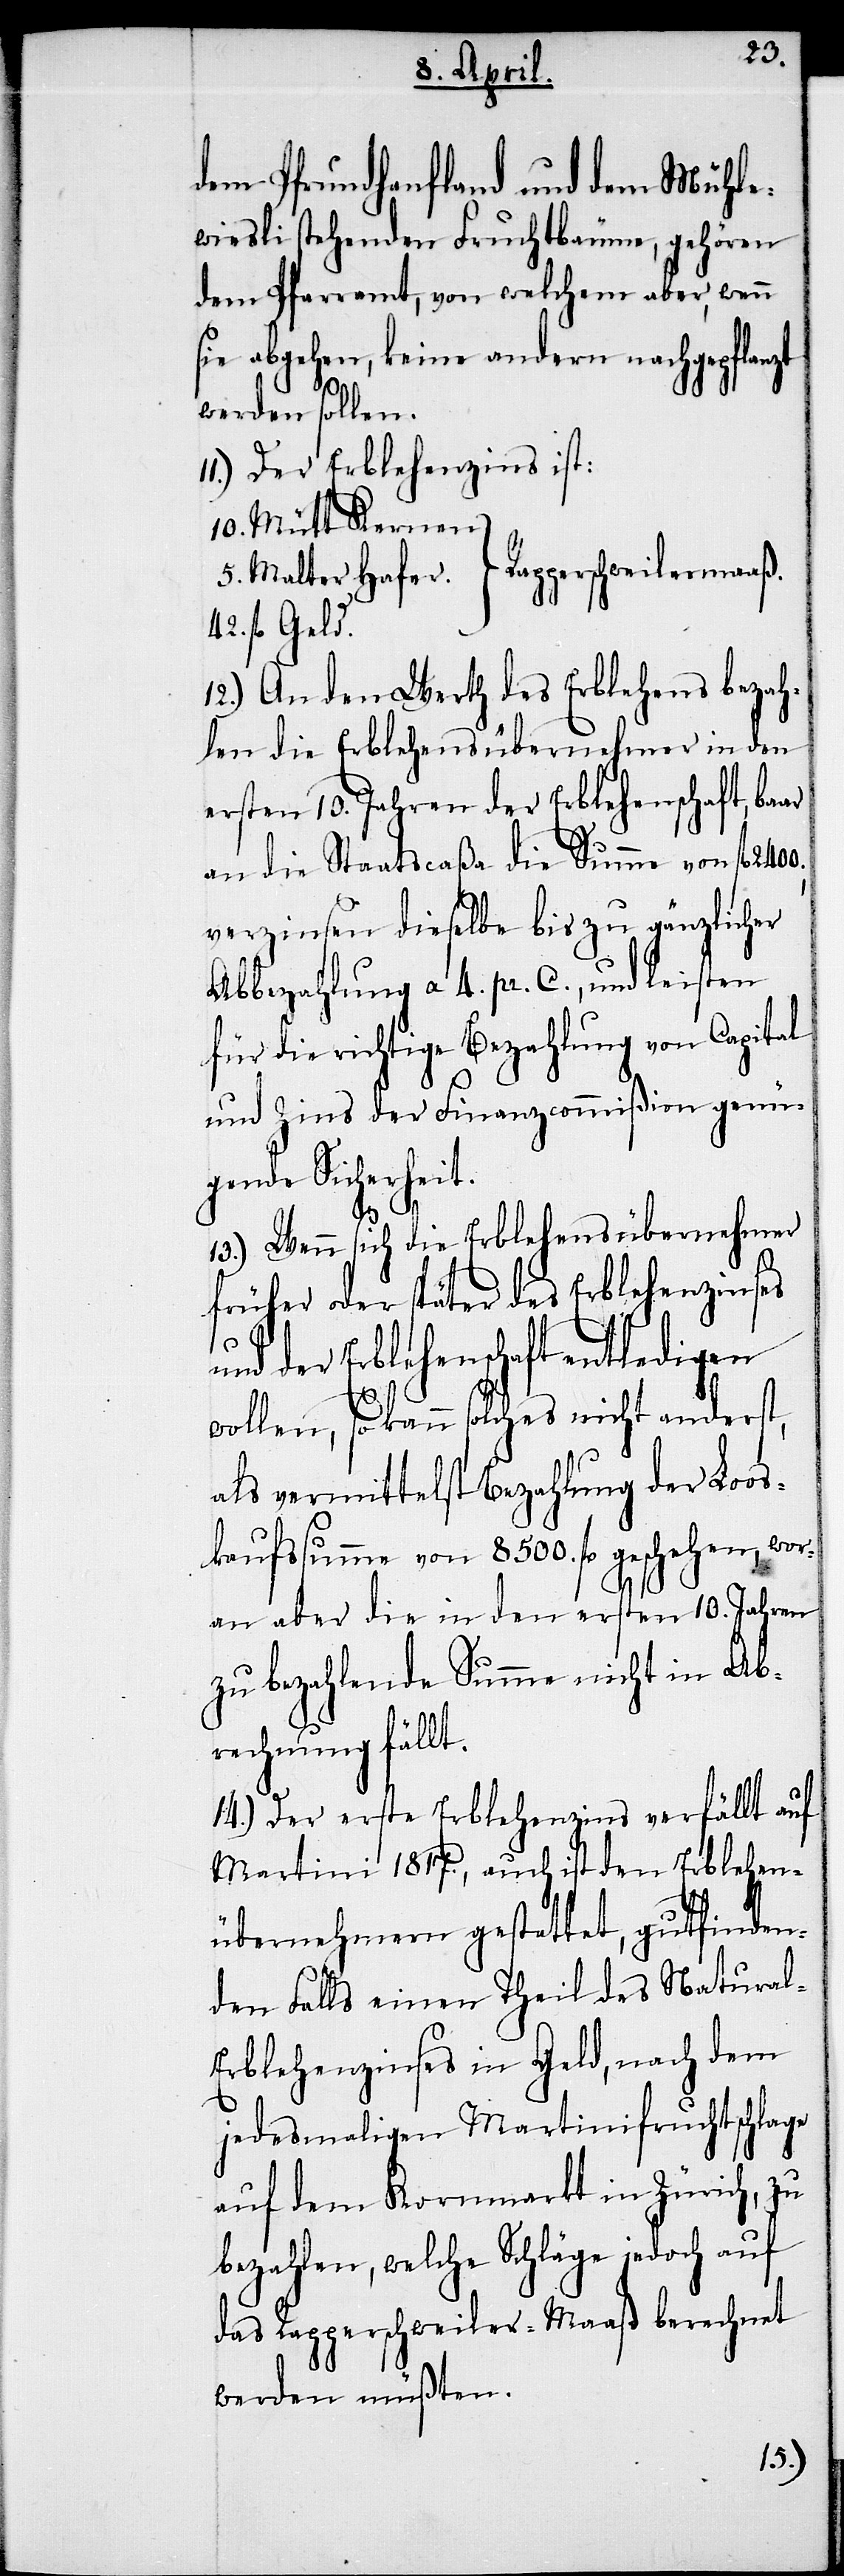
dem Prundhanfland und dem Mühle¬
wiesli stehenden Fruchtbäume, gehören
dem Pfarramt, von welchem aber, wenn
sie abgehen, keine andern nachgepflanzt
2400.,
werden sollen.
11.) Der Erblehenzins ist:
10. Mütt Kernen.
fl. Geld.
12.) An den Werth des Erblehens bezah¬
len die Erblehensübernehmer in den
ersten 10. Jahren der Erblehenschaft, baar
an die Staatscaßa die Summe von fl.
verzinsen dieselbe bis zu gänzlicher
Abbezahlung a 4. pr. C., und leisten
für die richtige Bezahlung von Capital
und Zins der Finanzcommißion genü¬
gende Sicherheit.
13.) Wenn sich die Erblehensübernehmer
früher oder später des Erblehenzinses
und der Erblehenschaft entledigen
42.
wollen, so kann solches nicht anderst,
als vermittelst Bezahlung der Loos¬
kaufssumme von 8500. fl. geschehen, wor¬
an aber die in den ersten 10. Jahren
zu bezahlende Summe nicht in Ab¬
rechnung fällt.
14.) Der erste Erblehenzins verfällt auf
Martini 1817., auch ist den Erblehen¬
übernehmern gestattet, gutfinden¬
den Falls einen Theil des Natura¬
l-Erblehenzinses in Geld, nach dem
jedesmaligen Martinifruchtschlage
auf dem Kornmarkt in Zürich, zu
bezahlen, welche Schläge jedoch auf
das Rapperschweiler-Maaß berechnet
werden müßten.